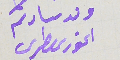
ولد سىادتكم الخورى ىطرس